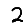
Digit: 2